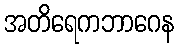
အတိရေကဘာဂေန